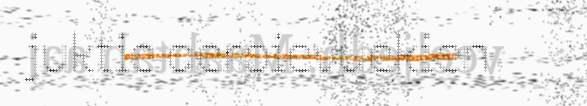
juktie aerpievuekien